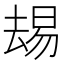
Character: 𫨭